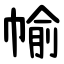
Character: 㡏